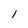
Character: 1